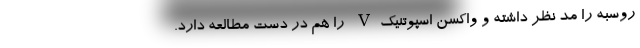
روسبه را مد نظر داشته و واکسن اسپوتنیکV را هم در دست مطالعه دارد.